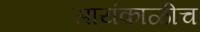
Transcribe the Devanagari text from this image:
सायंकाळीच